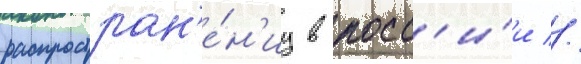
распростран'е́н'иу в росс'и́и //